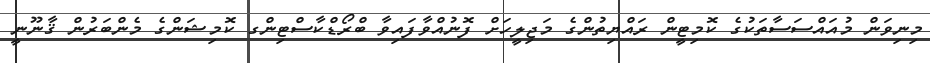
މިނިވަން މުއައްސަސާތަކުގެ ކޮމިޓީން ރައްޔިތުންގެ މަޖިލީހަށް ފޮނުއްވާފައިވާ ބްރޯޑްކާސްޓިންގ ކޮމިޝަންގެ މެންބަރުން ޤާނޫނީ